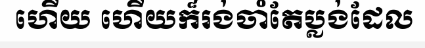
ហើយ ហើយក៏រង់ចាំតែប្លង់ដែល